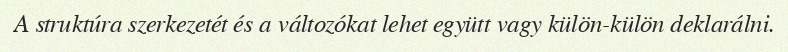
A struktúra szerkezetét és a változókat lehet együtt vagy külön-külön deklarálni.